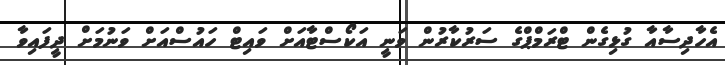
އެހާދިސާއާ ގުޅިގެން ޓްރަމްޕްގެ ސަރުކާރުން ވަނީ އަކޯސްޓާއަށް ވައިޓް ހައުސްއަށް ވަނުމަށް ދީފައިވާ